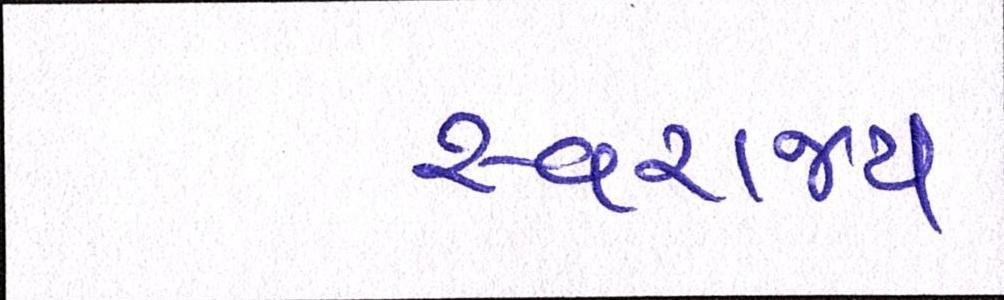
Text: સ્વરાજ્ય